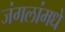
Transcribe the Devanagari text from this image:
जंगलांमधे